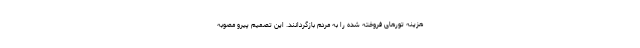
هزینه تورهای فروخته شده را به مردم بازگردانند. این تصمیم پیرو مصوبه